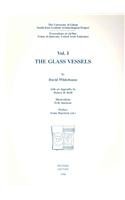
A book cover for The University of Ghent South-East Arabian Archaeological Project, Excavations at Ed-Dur (The University of Ghent South-East Arabian Archaeological ... Al-Qaiwain, United Arab Emirates)) (v. 1); D Whitehouse; History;